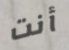
أنت